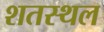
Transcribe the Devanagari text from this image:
शतस्थल